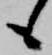
も